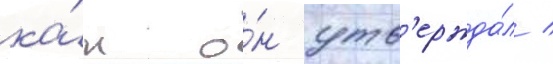
ка́к о́н утв'ержда́л /